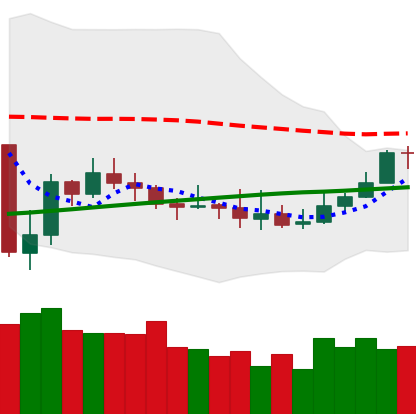
Ticker: XMR-USD
Chart end date: 2019-08-04
Forward return: 5.878%
Label: up_5_7